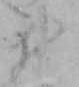
ヰ